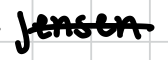
Text: Jensen
Cross-out: single-line
Writing tool: digital_black